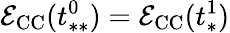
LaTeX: \mathcal{E}_{\mathrm{CC}}(t_{**}^{0})=\mathcal{E}_{\mathrm{CC}}(t_{*}^{1})